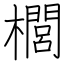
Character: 櫚